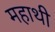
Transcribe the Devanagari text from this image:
महाथी